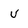
Character: v